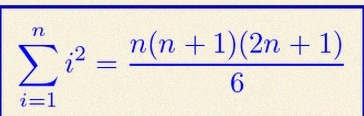
\sum_{i=1}^{n}i^2=\frac{n(n+1)(2n+1)}6